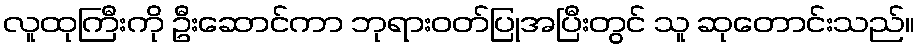
လူထုကြီးကို ဦးဆောင်ကာ ဘုရားဝတ်ပြုအပြီးတွင် သူ ဆုတောင်းသည်။